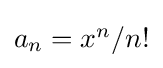
{\textstyle a_{n}=x^{n}/n!}